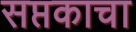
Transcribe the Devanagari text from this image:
सप्तकाचा